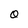
Character: O